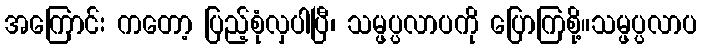
အကြောင်း ကတော့ ပြည့်စုံလှပါပြီ၊ သမ္ဖပ္ပလာပကို ပြောကြစို့။သမ္ဖပ္ပလာပ